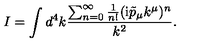
I = \int d ^ { 4 } k \frac { \sum _ { n = 0 } ^ { \infty } \frac { 1 } { n ! } ( \mathrm { i } \tilde { p } _ { \mu } k ^ { \mu } ) ^ { n } } { k ^ { 2 } } .